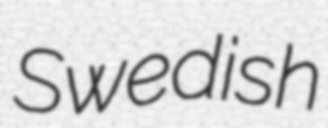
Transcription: Swedish